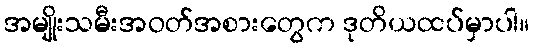
အမျိုးသမီးအဝတ်အစားတွေက ဒုတိယထပ်မှာပါ။